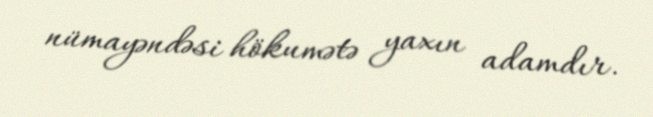
nümayəndəsi hökumətə yaxın adamdır.